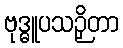
ဗုဒ္ဓူပသဉှိတာ